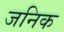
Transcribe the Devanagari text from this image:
जनिक